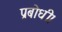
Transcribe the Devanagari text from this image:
प्रबोधी।